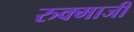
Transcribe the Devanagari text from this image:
रुक्माजी